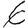
Digit: 6